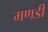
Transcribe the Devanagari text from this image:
मणडी